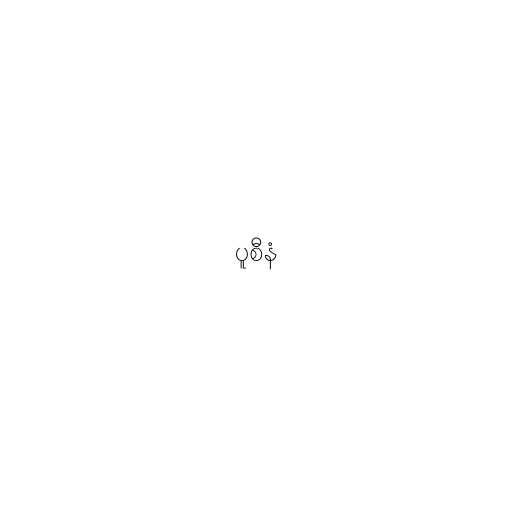
ပူစီနံ